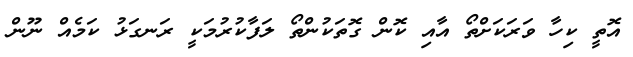
އޮތީ ކިހާ ވަރަކަށްތޯ އާއި ކޮން ގޮތަކުންތޯ ލަފާކުރުމަކީ ރަނގަޅު ކަމެއް ނޫން